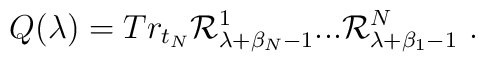
Q(\lambda)=Tr_{t_N}{\cal R}_{\lambda +\beta_N-1}^1...{\cal R}_{\lambda +\beta_1-1}^N ~.